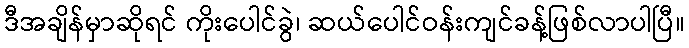
ဒီအချိန်မှာဆိုရင် ကိုးပေါင်ခွဲ၊ ဆယ်ပေါင်ဝန်းကျင်ခန့်ဖြစ်လာပါပြီ။